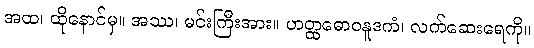
အထ၊ ထိုနောင်မှ။ အဿ၊ မင်းကြီးအား။ ဟတ္ထဓောဝနူဒကံ၊ လက်ဆေးရေကို။